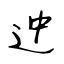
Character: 迚